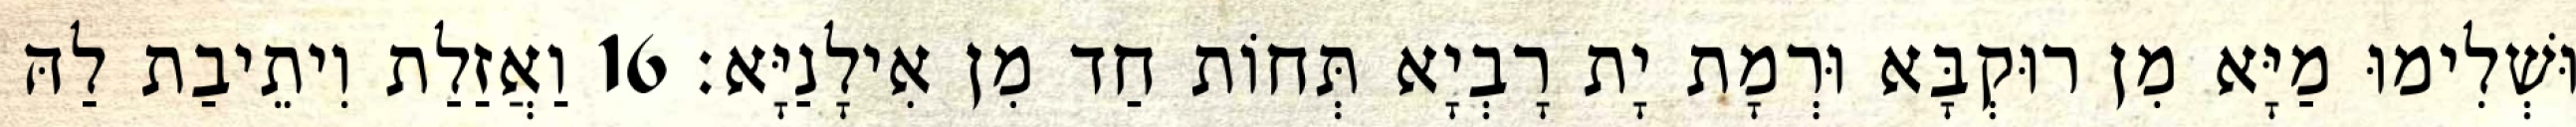
וּשְׁלִימוּ מַיָּא מִן רוּקְבָּא וּרְמָת יָת רָבְיָא תְּחוֹת חַד מִן אִילָנַיָּא׃ 16 וַאֲזַלַת וִיתֵיבַת לַהּ